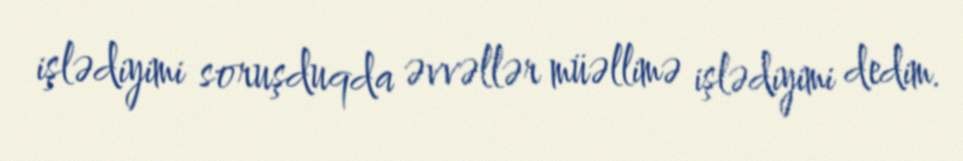
işlədiyimi soruşduqda əvvəllər müəllimə işlədiyimi dedim.